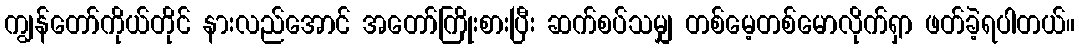
ကျွန်တော်ကိုယ်တိုင် နားလည်အောင် အတော်ကြိုးစားပြီး ဆက်စပ်သမျှ တစ်မေ့တစ်မောလိုက်ရှာ ဖတ်ခဲ့ရပါတယ်။